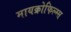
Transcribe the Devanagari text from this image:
मायक्रोफिल्म्स